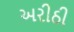
અરીઠી